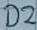
Text: D2